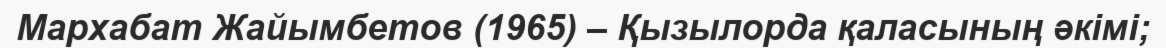
Мархабат Жайымбетов (1965) – Қызылорда қаласының әкімі;